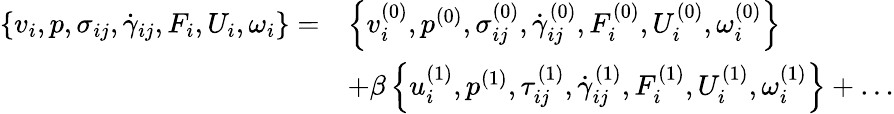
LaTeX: \begin{array}{rl}{{\{ v_{i},p,\sigma_{ij},\dot{\gamma}_{ij},F_{i},U_{i},\omega_{i}\} }=}&{\left\{ v_{i}^{(0)},p^{(0)},\sigma_{ij}^{(0)},\dot{\gamma}_{ij}^{(0)},F_{i}^{(0)},U_{i}^{(0)},\omega_{i}^{(0)}\right\} }\\ &{+\beta\left\{ u_{i}^{(1)},p^{(1)},\tau_{ij}^{(1)},\dot{\gamma}_{ij}^{(1)},F_{i}^{(1)},U_{i}^{(1)},\omega_{i}^{(1)}\right\} +\ldots}\end{array}